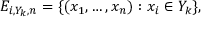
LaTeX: E _ { i , Y _ { k } , n } = \{ ( x _ { 1 } , \ldots , x _ { n } ) : x _ { i } \in Y _ { k } \} ,